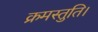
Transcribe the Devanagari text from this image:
क्रमस्तुति।